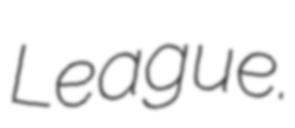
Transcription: League.